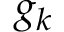
g _ { k }